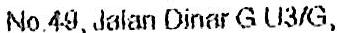
NO.49, JALAN DINAR G U3/G,